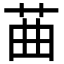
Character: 䒼